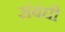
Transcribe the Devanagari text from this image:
संबंघी